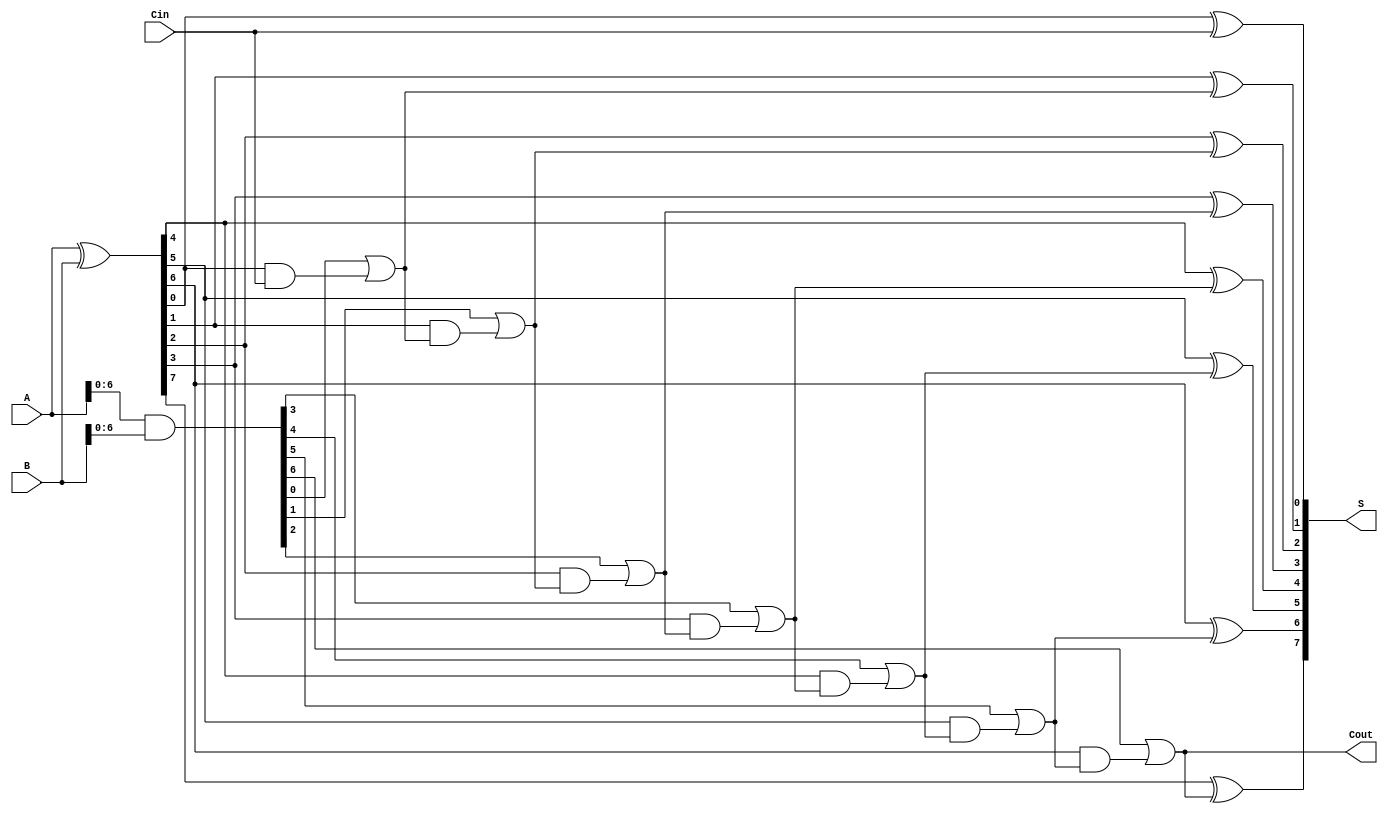
module KoggeStoneAdder #(parameter n = 8) (
    input [n-1:0] A,      // First input
    input [n-1:0] B,      // Second input
    input Cin,            // Carry-in
    output [n-1:0] S,     // Sum output
    output Cout           // Carry-out
);

    // Generate and Propagate signals
    wire [n-1:0] G; // Generate
    wire [n-1:0] P; // Propagate
    wire [n:0] C;   // Carry

    // Level 0: Compute G and P
    assign G = A & B;          // Generate
    assign P = A ^ B;          // Propagate

    // Level 1: Compute carries
    genvar i;
    generate
        for (i = 1; i < n; i = i + 1) begin : level1
            assign C[i] = G[i-1] | (P[i-1] & C[i-1]);
        end
    endgenerate

    // Level 2: Compute carries
    generate
        for (i = 2; i < n; i = i + 1) begin : level2
            assign C[i] = G[i-1] | (P[i-1] & C[i-1]);
        end
    endgenerate

    // Level 3: Compute carries
    generate
        for (i = 4; i < n; i = i + 1) begin : level3
            assign C[i] = G[i-1] | (P[i-1] & C[i-1]);
        end
    endgenerate

    // Final carry-out
    assign C[0] = Cin; // Carry-in
    assign Cout = C[n-1];

    // Final sum calculation
    generate
        for (i = 0; i < n; i = i + 1) begin : sum
            assign S[i] = P[i] ^ C[i];
        end
    endgenerate

endmodule